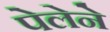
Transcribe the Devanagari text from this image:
पेलेने